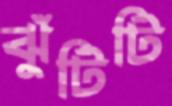
ঝুঁটিটি